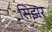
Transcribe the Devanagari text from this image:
सिझर